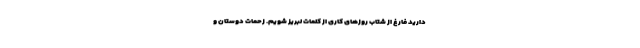
دارید فارغ از شتاب روزهای کاری از کلمات لبریز شویم. زحمات دوستان و